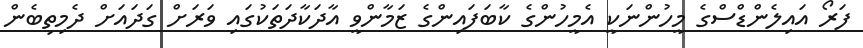
ފަރޯ އައިލެންޑްސްގެ މީހުންނަކީ އެމީހުންގެ ކާބަފައިންގެ ޒަމާންވީ އާދަކާދަތަކުގައި ވަރަށް ގަދައަށް ދެމިތިބެން